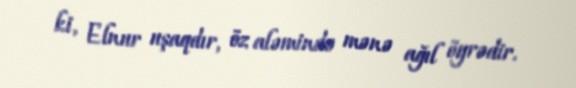
ki, Elnur uşaqdır, öz aləmində mənə ağıl öyrədir.